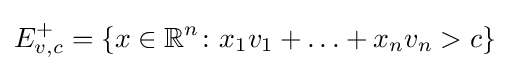
E_{v,c}^{+}=\{x\in \mathbb {R} ^{n}\colon x_{1}v_{1}+\ldots +x_{n}v_{n}>c\}